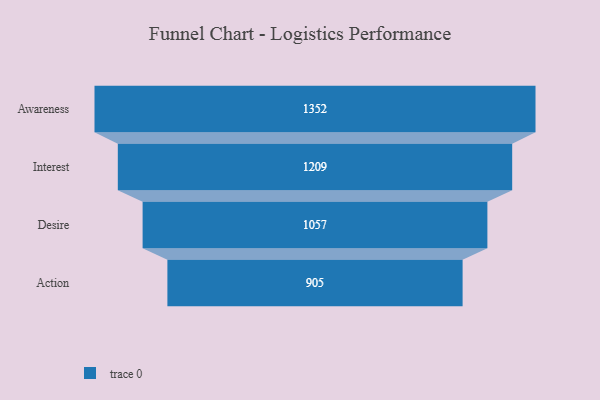
{"axis": {"x": "Stage", "y": "Value"}, "legend": [""], "data": [{"x": "Awareness", "y": 1352.0, "type": ""}, {"x": "Interest", "y": 1209.0, "type": ""}, {"x": "Desire", "y": 1057.0, "type": ""}, {"x": "Action", "y": 905.0, "type": ""}]}